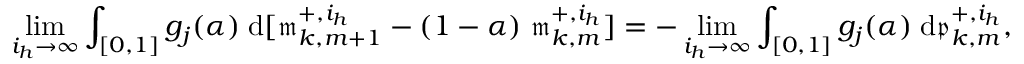
\operatorname* { l i m } _ { i _ { h } \to \infty } \int _ { [ 0 , 1 ] } g _ { j } ( \alpha ) \; \mathrm { d } [ \mathfrak { m } _ { k , m + 1 } ^ { + , i _ { h } } - ( 1 - \alpha ) \; \mathfrak { m } _ { k , m } ^ { + , i _ { h } } ] = - \operatorname* { l i m } _ { i _ { h } \to \infty } \int _ { [ 0 , 1 ] } g _ { j } ( \alpha ) \; \mathrm { d } \mathfrak { p } _ { k , m } ^ { + , i _ { h } } ,